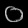
Digit: ၀